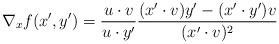
LaTeX: \begin{align*}\nabla_x f (x',y')=\frac {u \cdot v}{u \cdot y'} \frac {(x'\cdot v)y'-(x' \cdot y')v}{(x'\cdot v)^2}\end{align*}